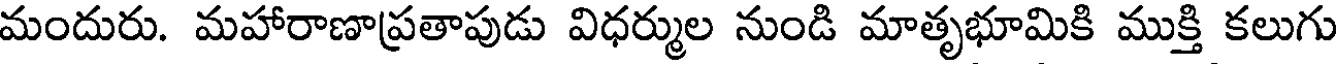
మందురు. మహారాణాప్రతాపుడు విధర్ముల నుండి మాతృభూమికి ముక్తి కలుగు